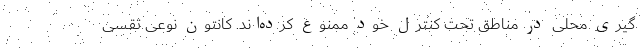
گیری محلی در مناطق تحت کنترل خود ممنوع کرده‌اند. کانتون نوعی تقسی